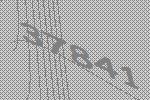
37841